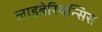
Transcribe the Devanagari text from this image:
लाइबेरियन्सिस